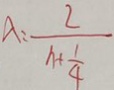
\lambda = \frac { 2 } { n + \frac { 1 } { 4 } }